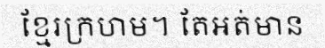
ខ្មែរក្រហម។ តែអត់មាន